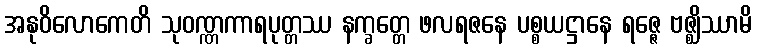
အနုဝိလောကေတိ သုဝဏ္ဏကာရပုတ္တဿ နက္ခတ္တေ ဖလရဇနေ ပစ္စယဋ္ဌာနေ ရဇ္ဇေ ဗဇ္ဈိဿာမိ